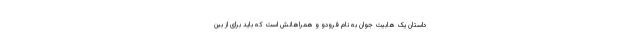
داستان یک هابیت جوان به نام فرودو و همراهانش است که باید برای از بین